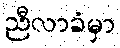
ညီလာခံမှာ